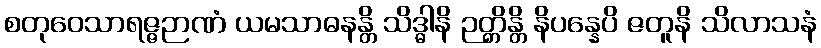
စတုဝေသာရဇ္ဇဉာဏံ ယမသာဓနန္တိ သိဒ္ဓါနိ ဉတ္တိန္တိ နိပန္နေပိ ဇတူနိ သိလာသနံ